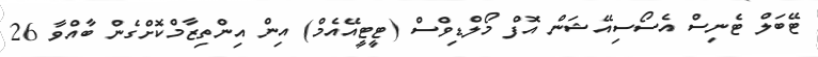
ޓޭބަލް ޓެނިސް އެސޯސިއޭޝަން އޮފް މޯލްޑިވްސް (ޓީޓީއޭއެމް) އިން އިންތިޒާމްކޮށްގެން ބާއްވާ 26